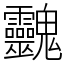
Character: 䰱